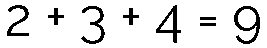
2 + 3 + 4 = 9